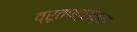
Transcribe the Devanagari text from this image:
व्रूतपत्राच्या